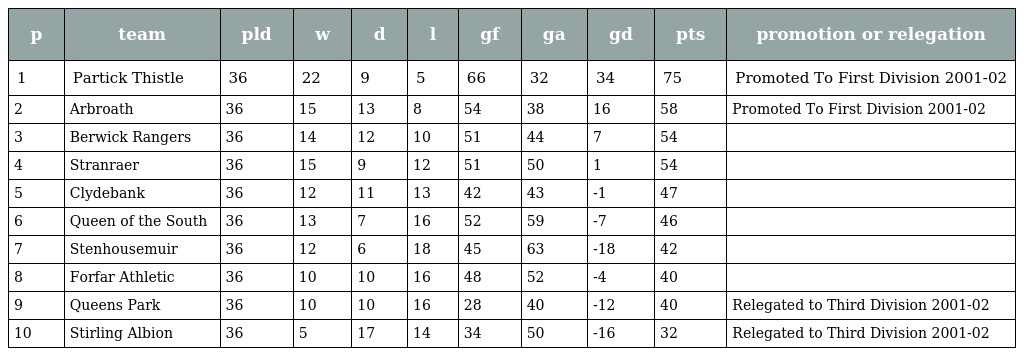
| p | team | pld | w | d | l | gf | ga | gd | pts | promotion or relegation |
 | --- | --- | --- | --- | --- | --- | --- | --- | --- | --- | --- |
 | 1 | Partick Thistle | 36 | 22 | 9 | 5 | 66 | 32 | 34 | 75 | Promoted To First Division 2001-02 |
 | 2 | Arbroath | 36 | 15 | 13 | 8 | 54 | 38 | 16 | 58 | Promoted To First Division 2001-02 |
 | 3 | Berwick Rangers | 36 | 14 | 12 | 10 | 51 | 44 | 7 | 54 |  |
 | 4 | Stranraer | 36 | 15 | 9 | 12 | 51 | 50 | 1 | 54 |  |
 | 5 | Clydebank | 36 | 12 | 11 | 13 | 42 | 43 | -1 | 47 |  |
 | 6 | Queen of the South | 36 | 13 | 7 | 16 | 52 | 59 | -7 | 46 |  |
 | 7 | Stenhousemuir | 36 | 12 | 6 | 18 | 45 | 63 | -18 | 42 |  |
 | 8 | Forfar Athletic | 36 | 10 | 10 | 16 | 48 | 52 | -4 | 40 |  |
 | 9 | Queens Park | 36 | 10 | 10 | 16 | 28 | 40 | -12 | 40 | Relegated to Third Division 2001-02 |
 | 10 | Stirling Albion | 36 | 5 | 17 | 14 | 34 | 50 | -16 | 32 | Relegated to Third Division 2001-02 |